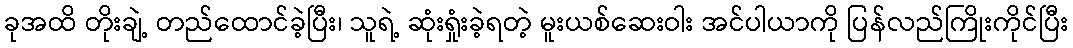
ခုအထိ တိုးချဲ့ တည်ထောင်ခဲ့ပြီး၊ သူရဲ့ ဆုံးရှုံးခဲ့ရတဲ့ မူးယစ်ဆေးဝါး အင်ပါယာကို ပြန်လည်ကြိုးကိုင်ပြီး